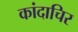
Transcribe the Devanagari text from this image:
कांदाचिर